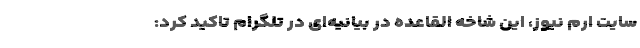
سایت ارم نیوز، این شاخه القاعده در بیانیه‌ای در تلگرام تاکید کرد: